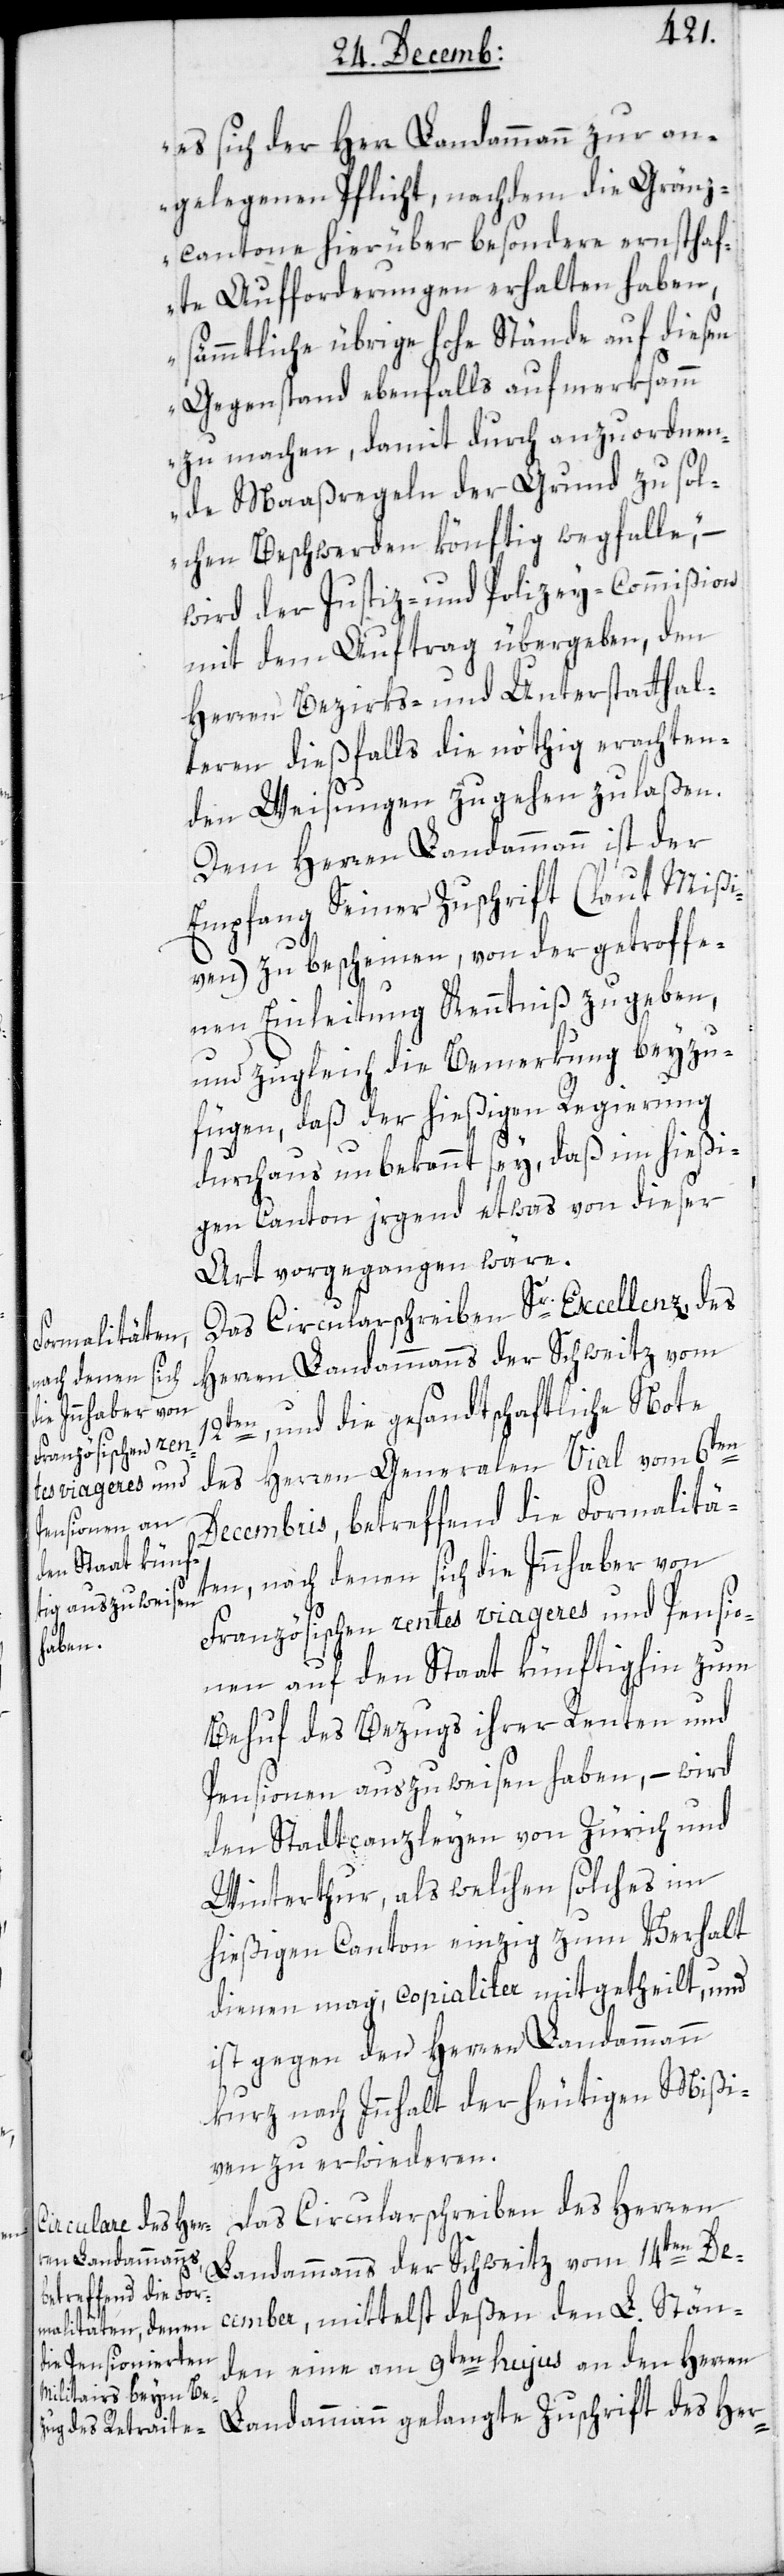
12t¬
es sich der Herr Landammann zur an¬
gelegenen Pflicht, nachdem die Gränz¬
kantone hierüber besondere ernsthaf¬
te Aufforderungen erhalten haben,
sämmtliche übrige hohe Stände auf diesen
Gegenstand ebenfalls aufmerksamm
zu machen, damit durch anzuordnen¬
de Maaßregeln der Grund zu sol¬
chen Beschwerden könftig wegfalle“, –
wird der Justiz- und Polizey-Commißion
mit dem Auftrag übergeben, den
Herren Bezirks- und Unterstatthal¬
teren dießfalls die nöthig erachten¬
den Weisungen zugehen zu laßen.
Dem Herren Landammann ist der
Empfang Seiner Zuschrift (laut Mißi¬
ven) zu bescheinen, von der getroffe¬
nen Einleitung Kenntniß zu geben,
und zugleich die Bemerkung beyzu¬
fügen, daß der hießigen Regierung
durchaus unbekannt sey, daß im hießi¬
gen Canton irgend etwas von dieser
Art vorgegangen wäre.
Das Circularschreiben Sr. Excellenz des
Herren Landammanns der Schweitz vom
en, und die gesandtschaftliche Note
des Herren Generalen Vial vom 6ten
Decembris, betreffend die Formalitä¬
ten, nach denen sich die Innhaber von
Französischen rentes viageres und Pensio¬
nen auf den Staat künftighin zum
Behuf des Bezugs ihrer Renten und
Pensionen auszuweisen haben, – wird
den Stadtcanzleyen von Zürich und
Winterthur, als welchen solches im
hießigen Canton einzig zum Verhalt
dienen mag, copialiter mitgetheilt, und
ist gegen den Herren Landammann
kurz nach Innhalt der heutigen Mißi¬
ven zu erwideren.
Das Circularschreiben des Herren
Landammanns der Schweitz vom 14ten De¬
cember, mittelst deßen den L. Stän¬
den eine am 9ten hujus an den Herren
Landammann gelangte Zuschrift des Her-